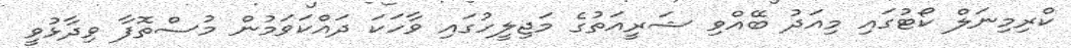
ކްރިމިނަލް ކޯޓުގައި މިއަދު ބޭއްވި ޝަރީއަތުގެ މަޖިލީހުގައި ވާހަކަ ދައްކަވަމުން މުސްތޮފާ ވިދާޅުވީ